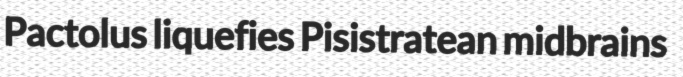
Pactolus liquefies Pisistratean midbrains